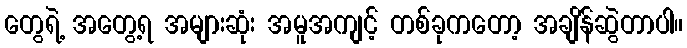
တွေရဲ့ အတွေ့ရ အများဆုံး အမူအကျင့် တစ်ခုကတော့ အချိန်ဆွဲတာပါ။